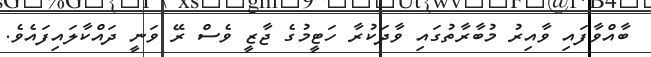
ބާއްވާފައި ވާއިރު މުބާރާތުގައި ވާދަކުރާ ހަޓީމުގެ ޖާޒީ ވެސް ރޭ ވަނީ ދައްކާލައިފައެވެ.